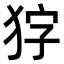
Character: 𭸇